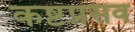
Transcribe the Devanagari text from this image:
कष्टप्रसव